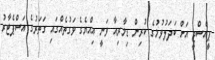
ޕީއެސްޖީ އަށް ބަދަލުވުމުގެ ކުރިން ޑިމާރިއާ ވަނީ އިއްޔެގެ ވަގުތެއްގައި ގަތަރުގެ އަސްޕެޓާރު